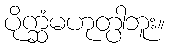
ပိုက္ဆံမဟုတ္ပါဘူး။